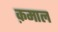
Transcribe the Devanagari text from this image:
क़माल